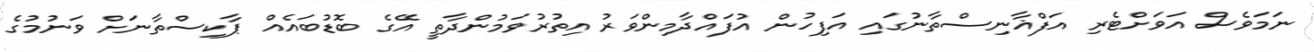
ނަމަވެސް އަވަށްޓެރި އަފްޣާނިސްތާނުގައި އަފިހުން އުފައްދާމިންވަރު އިތުރުވަމުންދާތީ އޭގެ ބޮޑުބައެއް ޕާކިސްތާނަށް ވަނުމުގެ